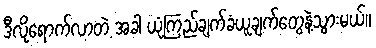
ဒီလိုရောက်လာတဲ့ အခါ ယုံကြည်ချက်ခံယူချက်တွေနဲ့သွားမယ်။